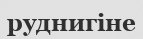
руднигіне